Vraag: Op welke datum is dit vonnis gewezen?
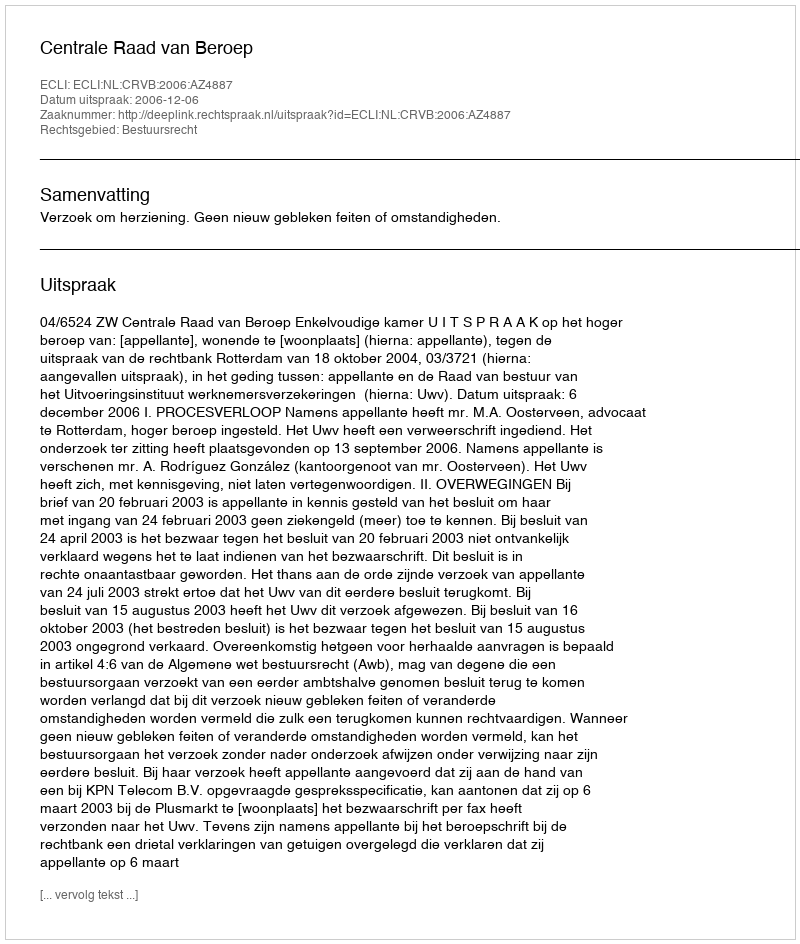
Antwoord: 2006-12-06